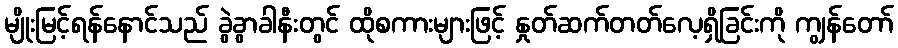
မျိုးမြင့်ရန်နောင်သည် ခွဲခွာခါနီးတွင် ထိုစကားများဖြင့် နှုတ်ဆက်တတ်လေ့ရှိခြင်းကို ကျွန်တော်